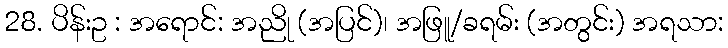
28. ပိန်းဥ : အရောင်: အညို (အပြင်)၊ အဖြူ/ခရမ်း (အတွင်း) အရသာ: